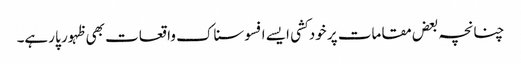
چنانچہ بعض مقامات پر خود کشی ایسے افسوسناک واقعات بھی ظہور پا رہے۔